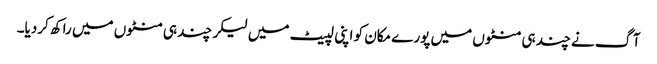
آگ نے چند ہی منٹوں میں پورے مکان کو اپنی لپیٹ میں لیکر چند ہی منٹوں میں راکھ کردیا۔